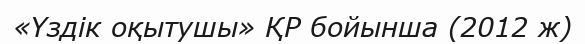
«Үздік оқытушы» ҚР бойынша (2012 ж)